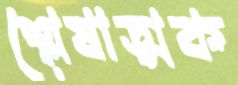
শ্লেষাত্মক